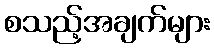
စသည့်အချက်များ